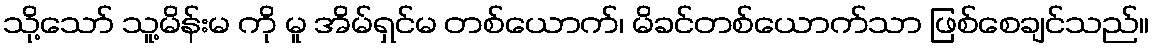
သို့သော် သူ့မိန်းမ ကို မူ အိမ်ရှင်မ တစ်ယောက်၊ မိခင်တစ်ယောက်သာ ဖြစ်စေချင်သည်။